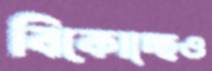
বিকোচ্ছেও